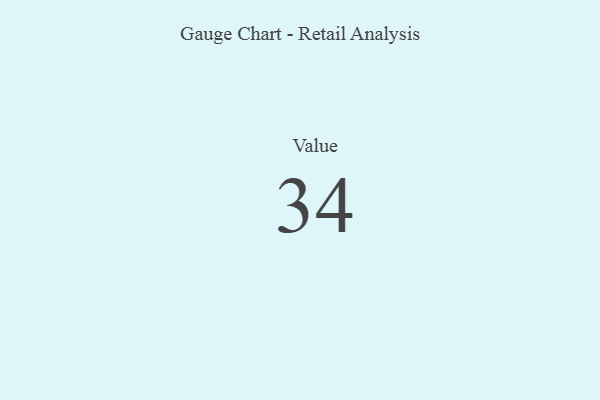
{"axis": {"x": "Metric", "y": "Value"}, "legend": [""], "data": [{"x": "Value", "y": 34, "type": ""}]}